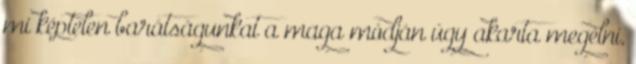
mi képtelen barátságunkat a maga módján úgy akarta megélni,